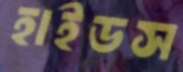
হাইডস